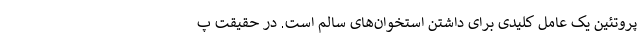
پروتئین یک عامل کلیدی برای داشتن استخوان‌های سالم است. در حقیقت پ